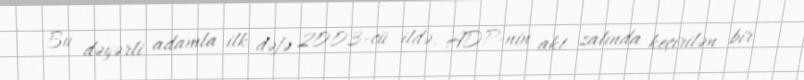
Bu dəyərli adamla ilk dəfə 2003-cü ildə, ADP-nin akt zalında keçirilən bir